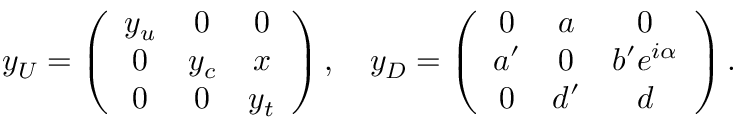
y _ { U } = \left( \begin{array} { c c c } { { y _ { u } } } & { { 0 } } & { { 0 } } \\ { { 0 } } & { { y _ { c } } } & { { x } } \\ { { 0 } } & { { 0 } } & { { y _ { t } } } \end{array} \right) , \quad y _ { D } = \left( \begin{array} { c c c } { { 0 } } & { { a } } & { { 0 } } \\ { { a ^ { \prime } } } & { { 0 } } & { { b ^ { \prime } e ^ { i \alpha } } } \\ { { 0 } } & { { d ^ { \prime } } } & { { d } } \end{array} \right) .